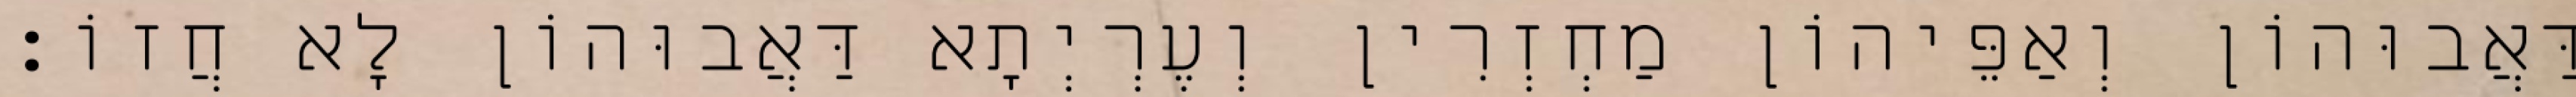
דַּאֲבוּהוֹן וְאַפֵּיהוֹן מַחְזְרִין וְעֶרְיְתָא דַּאֲבוּהוֹן לָא חֲזוֹ׃